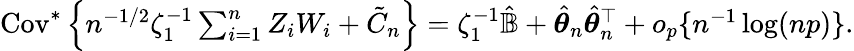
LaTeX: \begin{array}{r}{\mathrm{Cov}^{*}\left\{ n^{-1/2}\zeta_{1}^{-1}\sum_{i=1}^{n}Z_{i}W_{i}+{\tilde{C}}_{n}\right\} =\zeta_{1}^{-1}\hat{{\mathbb{B}}}+\hat{{\boldsymbol\theta}}_{n}\hat{{\boldsymbol\theta}}_{n}^{\top}+o_{p}\{ n^{-1}\log(np)\} .}\end{array}